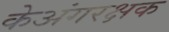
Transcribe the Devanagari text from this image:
केअंगरक्षक